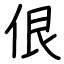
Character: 佷